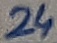
Text: 24